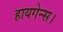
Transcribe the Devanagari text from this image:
हायगेन्स।